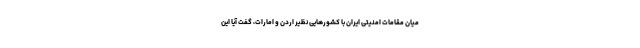
میان مقامات امنیتی ایران با کشورهایی نظیر اردن و امارات، گفت آیا این